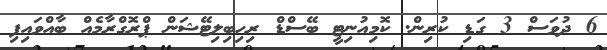
6 ދުވަސް 3 ގަޑި ކުރިން. ކޮމިއުނިޓީ ބޭސްޑް ރިހިބިލިޓޭޝަން ޕްރޮގްރާމެއް ބާއްވައިފި